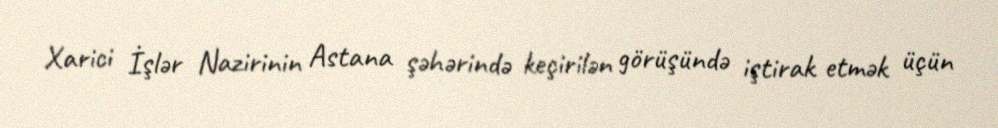
Xarici İşlər Nazirinin Astana şəhərində keçirilən görüşündə iştirak etmək üçün